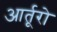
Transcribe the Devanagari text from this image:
आर्तूरो